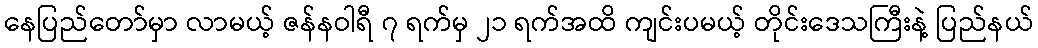
နေပြည်တော်မှာ လာမယ့် ဇန်နဝါရီ ၇ ရက်မှ ၂၁ ရက်အထိ ကျင်းပမယ့် တိုင်းဒေသကြီးနဲ့ ပြည်နယ်